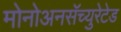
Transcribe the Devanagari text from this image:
मोनोअनसॅच्युरेटेड